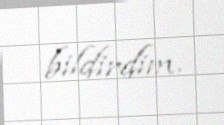
bildirdim.